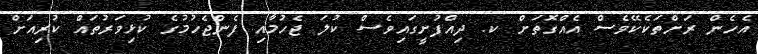
އެހެން ރަށްތަކެކޭވެސް އެއްގޮތަށް ކ. ދިއްފުށީގައިވެސް ކުލަ ޖެހުމާއި ފެންޖެހުމުގެ ކުޅިވަރުތައް ކުރިއަށް